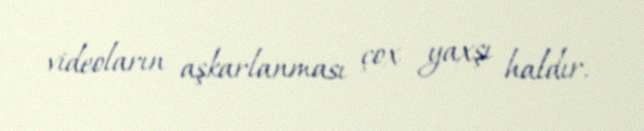
videoların aşkarlanması çox yaxşı haldır.